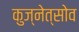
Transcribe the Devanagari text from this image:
कुज्नेत्सोव